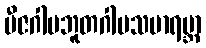
ဗီဇဂါမဘူတဂါမသမာရဗ္ဘာ